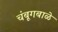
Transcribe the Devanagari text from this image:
चंबूगबाळे